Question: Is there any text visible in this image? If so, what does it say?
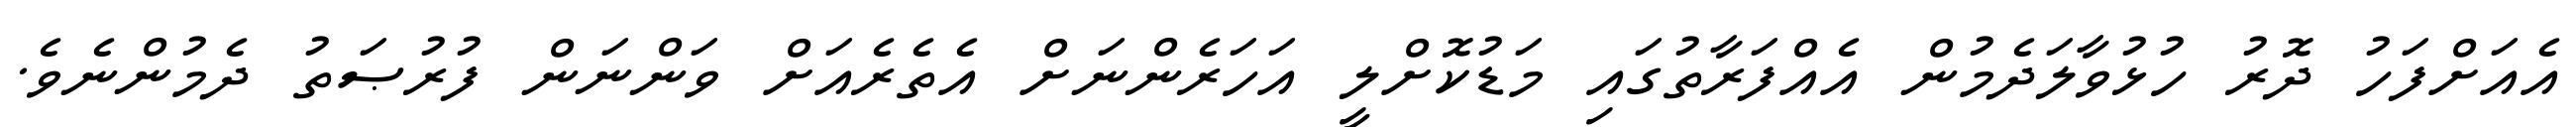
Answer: އެއަށްފަހު ދޮރު ހުޅުވާލަދެމުން އެއްފަރާތުގައި މަޑުކޮށްލީ އަހަރެންނަށް އެތެރެއަށް ވަންނަން ފުރުޞަތު ދެމުންނެވެ.